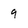
Character: 9